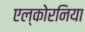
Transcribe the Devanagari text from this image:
एल्कोरनिया